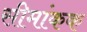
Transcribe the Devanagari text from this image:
सीमांकक